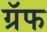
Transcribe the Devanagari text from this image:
ग्रॅफ